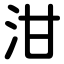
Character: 泔